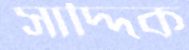
সাদ্দিক